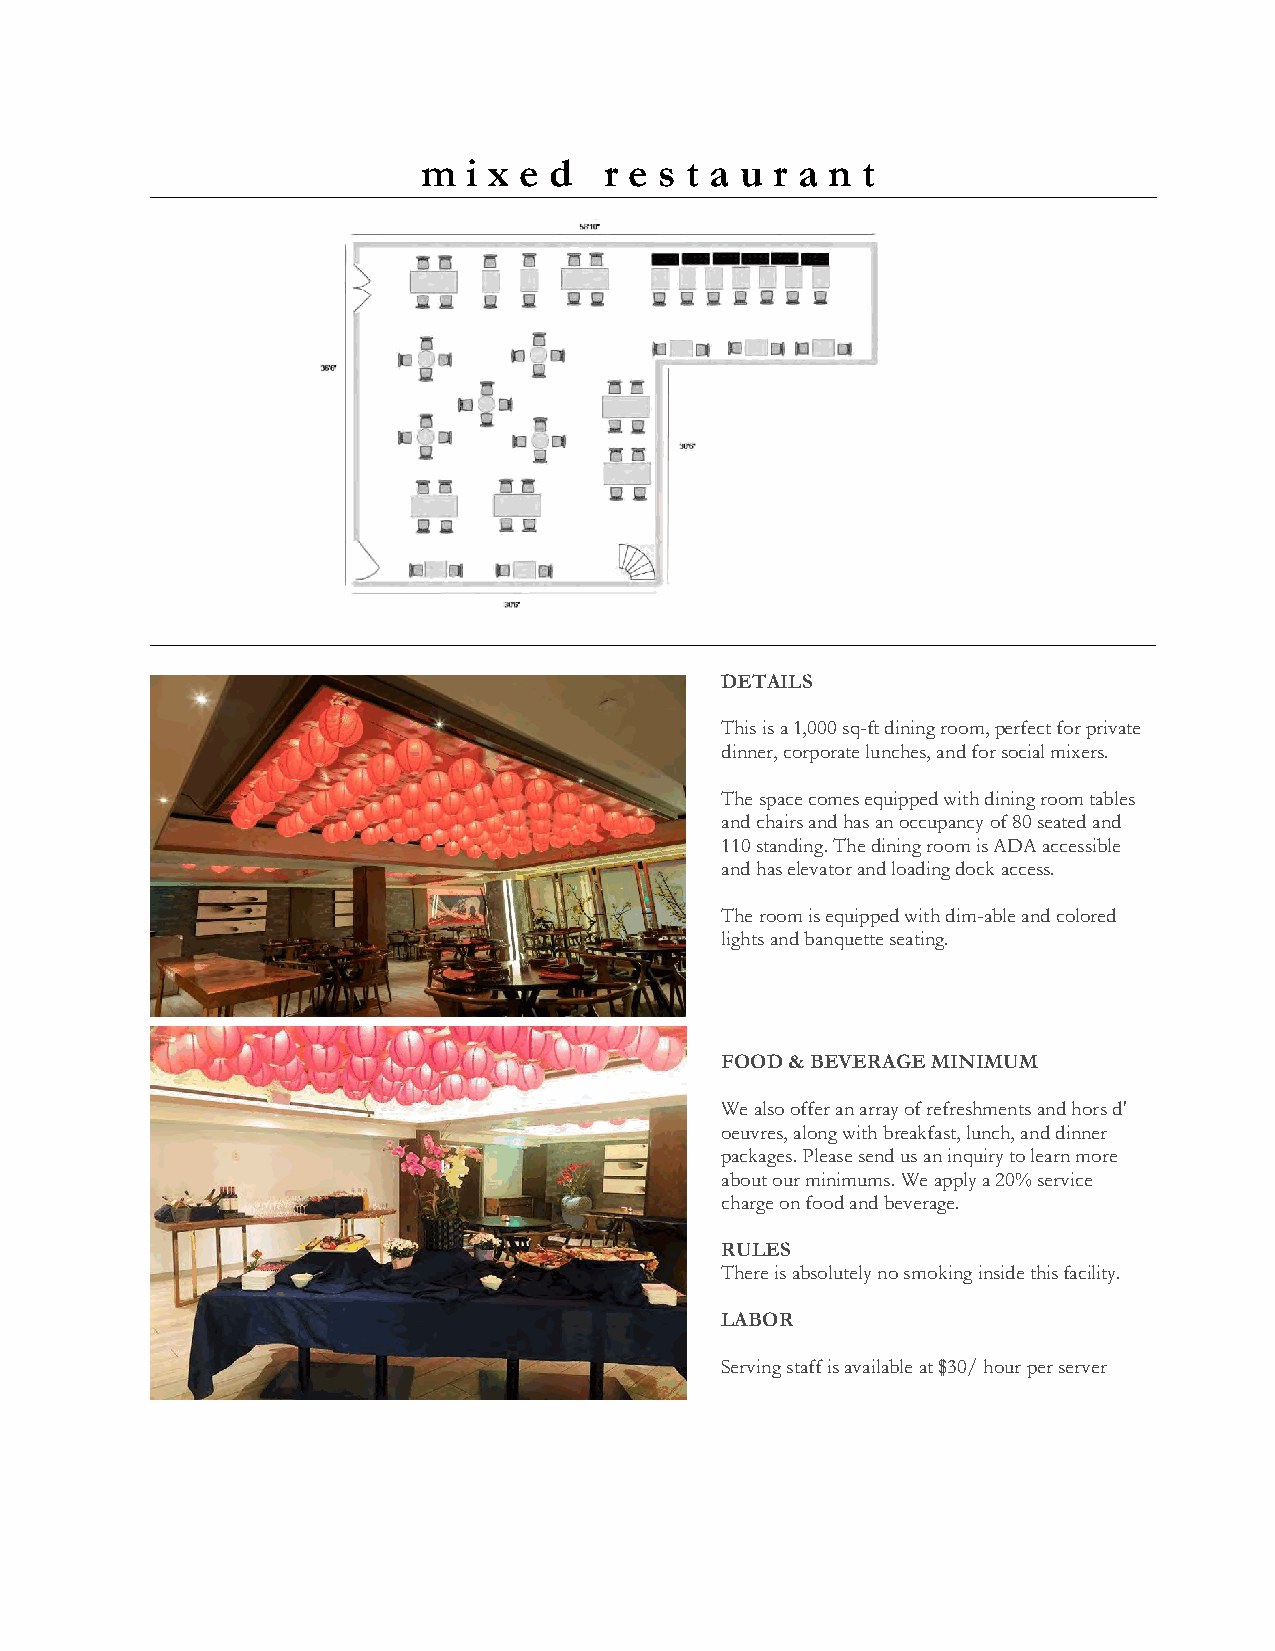
m  i x e d  r e s t a u r a n t
 DETAILS
 This is a 1,000 sq-ft dining room, perfect for private
 dinner, corporate lunches, and for social mixers.
 The space comes equipped with dining room tables
 and chairs and has an occupancy of 80 seated and
 110 standing. The dining room is ADA accessible
 and has elevator and loading dock access.
 The room is equipped with dim-able and colored
 lights and banquette seating.
 FOOD & BEVERAGE MINIMUM
 We also offer an array of refreshments and hors d'
 oeuvres, along with breakfast, lunch, and dinner
 packages. Please send us an inquiry to learn more
 about our minimums. We apply a 20% service
 charge on food and beverage.
 RULES
 There is absolutely no smoking inside this facility.
 LABOR
 Serving staff is available at $30/ hour per server